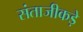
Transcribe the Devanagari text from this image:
संताजीकड़े